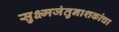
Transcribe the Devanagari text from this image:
सुक्ष्मजंतुनाशकांचा